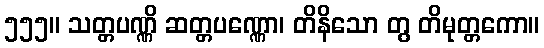
၅၅၅။ သတ္တပဏ္ဏိ ဆတ္တပဏ္ဏော၊ တိနိသော တွ တိမုတ္တကော။